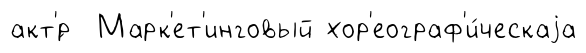
акт'́р Марк'ет'инговый хор'еограф'и́ческаjа